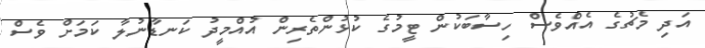
އަދި މެޗުގެ އެއްވެސް ހިސާބަކުން ޓީމުގެ ކުޅުންތެރިން އުއްމީދު ކަނޑާނުލާ ކަމަށް ވެސް